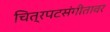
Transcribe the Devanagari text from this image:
चित्रपटसंगीतावर